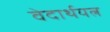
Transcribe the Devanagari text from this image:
वेदार्थयत्न